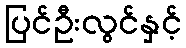
ပြင်ဦးလွင်နှင့်